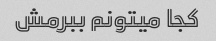
کجا میتونم ببرمش